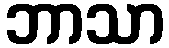
ဘာသာ